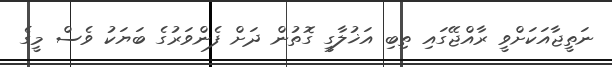
ނަތީޖާއަކަށްވީ ރާއްޖޭގައި ތިބި އަޚުލާގީ ގޮތުން ދަށް ފެންވަރުގެ ބަޔަކު ވެސް މީގެ